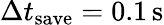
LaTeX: \Delta t_{\mathrm{save}}=0.1\, \mathrm{s}